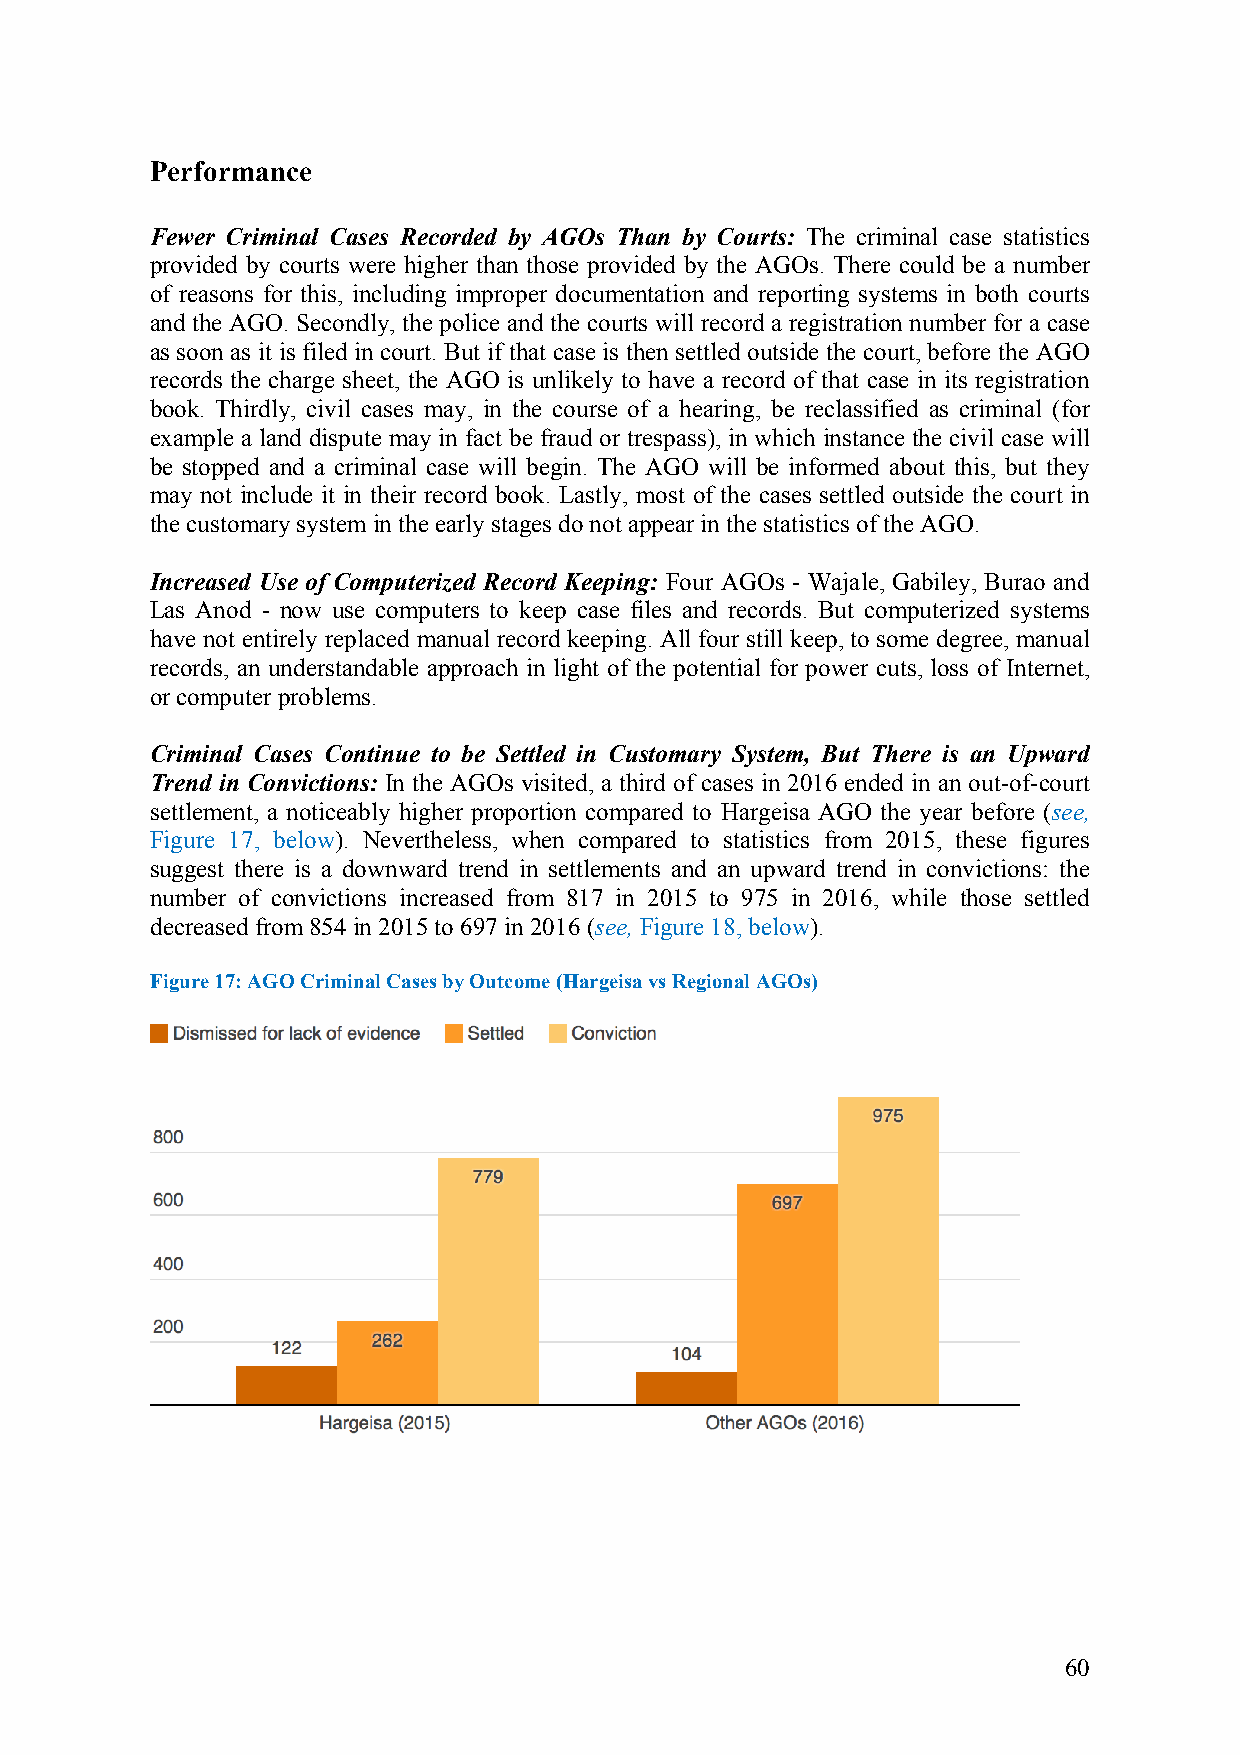
Performance
 Fewer Criminal Cases Recorded by AGOs Than by Courts: The criminal case statistics
 provided by courts were higher than those provided by the AGOs. There could be a number
 of reasons for this, including improper documentation and reporting systems in both courts
 and the AGO. Secondly, the police and the courts will record a registration number for a case
 as soon as it is filed in court. But if that case is then settled outside the court, before the AGO
 records the charge sheet, the AGO is unlikely to have a record of that case in its registration
 book. Thirdly, civil cases may, in the course of a hearing, be reclassified as criminal (for
 example a land dispute may in fact be fraud or trespass), in which instance the civil case will
 be stopped and a criminal case will begin. The AGO will be informed about this, but they
 may not include it in their record book. Lastly, most of the cases settled outside the court in
 the customary system in the early stages do not appear in the statistics of the AGO.
 Increased Use of Computerized Record Keeping: Four AGOs - Wajale, Gabiley, Burao and
 Las Anod - now use computers to keep case files and records. But computerized systems
 have not entirely replaced manual record keeping. All four still keep, to some degree, manual
 records, an understandable approach in light of the potential for power cuts, loss of Internet,
 or computer problems.
 Criminal Cases Continue to be Settled in Customary System, But There is an Upward
 Trend in Convictions: In the AGOs visited, a third of cases in 2016 ended in an out-of-court
 settlement, a noticeably higher proportion compared to Hargeisa AGO the year before (see,
 Figure 17, below). Nevertheless, when compared to statistics from 2015, these figures
 suggest there is a downward trend in settlements and an upward trend in convictions: the
 number of convictions increased from 817 in 2015 to 975 in 2016, while those settled
 decreased from 854 in 2015 to 697 in 2016 (see, Figure 18, below).
 Figure 17: AGO Criminal Cases by Outcome (Hargeisa vs Regional AGOs)
 60